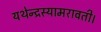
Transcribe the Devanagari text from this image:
यथेन्‍द्रस्‍यामरावती।